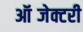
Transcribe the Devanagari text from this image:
ऑब्जेक्टरी